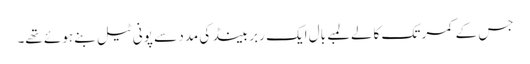
جس کے کمر تک کالےلمبے بال ایک ربر بینڈ کی مدد سے پونی ٹیل بنے ہوئے تھے۔